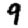
Digit: 9